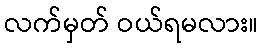
လက်မှတ် ဝယ်ရမလား။